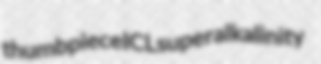
thumbpiece ICL superalkalinity